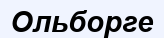
Ольборге